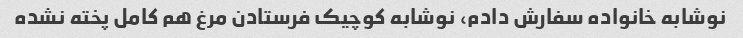
نوشابه خانواده سفارش دادم، نوشابه کوچیک فرستادن مرغ هم کامل پخته نشده‌